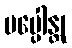
ပပ္ပေါန္တု